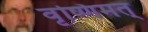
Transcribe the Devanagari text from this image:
वृष्णिमत्